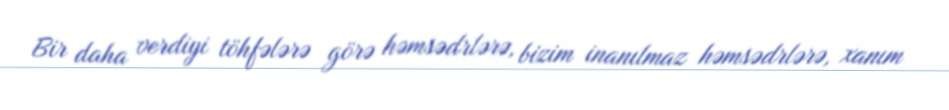
Bir daha verdiyi töhfələrə görə həmsədrlərə, bizim inanılmaz həmsədrlərə, xanım